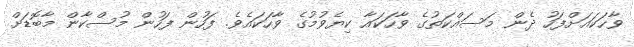
ވާހަކައަށްފަހު ދެން މަސައްކަތުގެ ވާހަކައާ ކިޔެވުމުގެ ވާހަކައެވެ. ފަހުން ފަހުން މުސްކާން މާބޮޑަށް